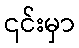
၎င်းမှာ